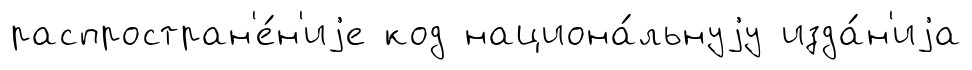
распростран'е́н'иjе код национа́льнуjу изда́н'иjа